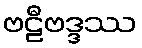
ဗဠီဗဒ္ဒဿ